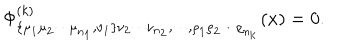
LaTeX: \Phi _ { \bf \{ \mu _ { 1 } \mu _ { 2 } \cdots \mu _ { n _ { 1 } } , \nu _ { 1 } \} \nu _ { 2 } \cdots \nu _ { n _ { 2 } } , \cdots , \rho _ { 1 } \rho _ { 2 } \cdots \rho _ { n _ { k } } } ^ { ( k ) } ( x ) = 0 .